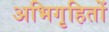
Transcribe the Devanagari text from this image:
अभिगृहितों